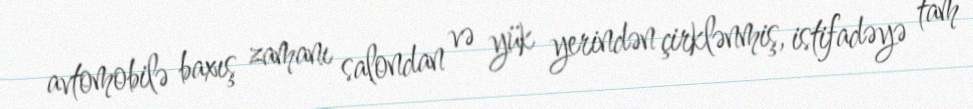
avtomobilə baxış zamanı salondan və yük yerindən çirklənmiş, istifadəyə tam